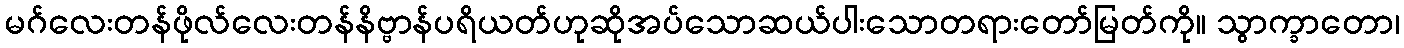
မဂ်လေးတန်ဖိုလ်လေးတန်နိဗ္ဗာန်ပရိယတ်ဟုဆိုအပ်သောဆယ်ပါးသောတရားတော်မြတ်ကို။ သွာက္ခာတော၊